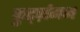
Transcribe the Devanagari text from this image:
कुर्ट्ज़मन